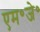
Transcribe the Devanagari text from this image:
एम॰जे॰